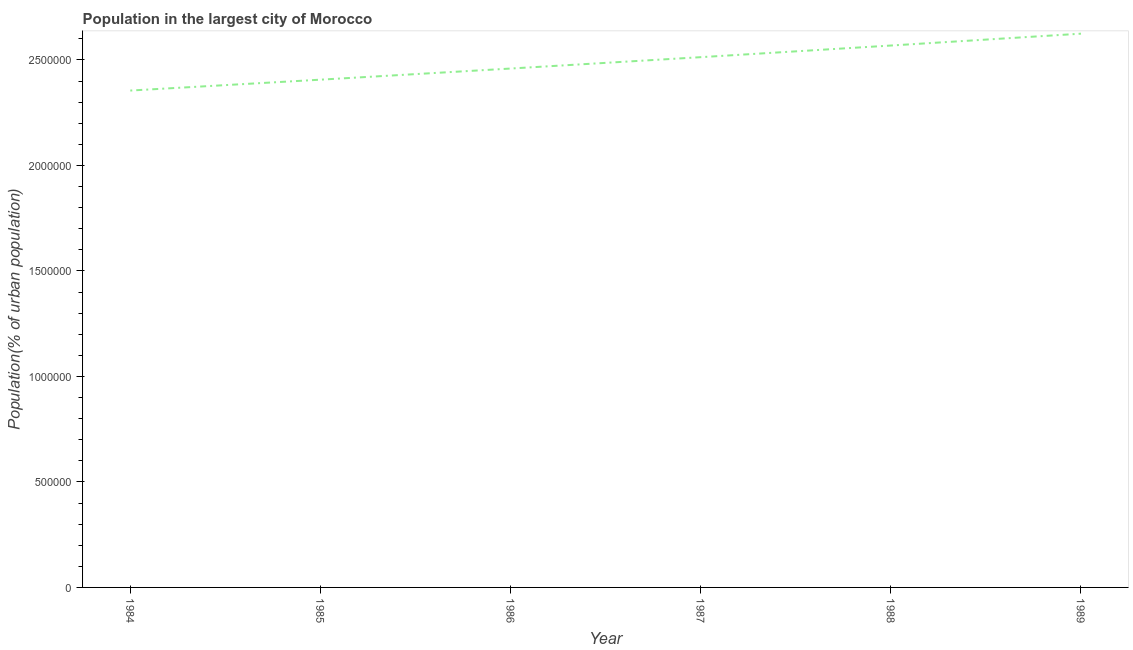
| Year | Population in largest city |
 | --- | --- |
 | 1984 | 2.35e+06 |
 | 1985 | 2.41e+06 |
 | 1986 | 2.46e+06 |
 | 1987 | 2.51e+06 |
 | 1988 | 2.57e+06 |
 | 1989 | 2.62e+06 |